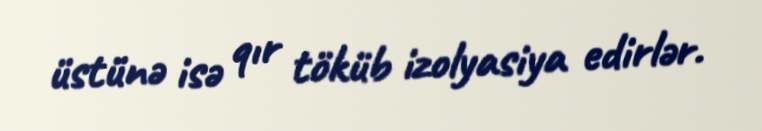
üstünə isə qır töküb izolyasiya edirlər.